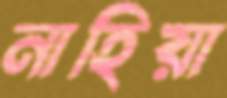
নাহিয়া